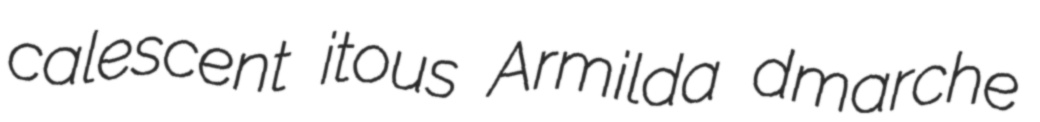
calescent itous Armilda dmarche